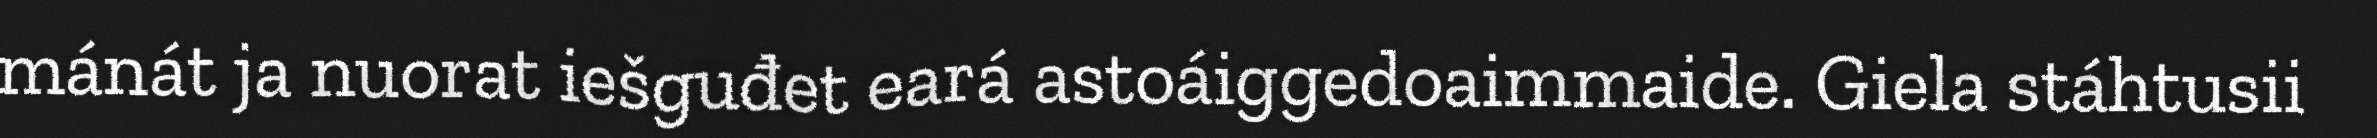
mánát ja nuorat iešguđet eará astoáiggedoaimmaide. Giela stáhtusii